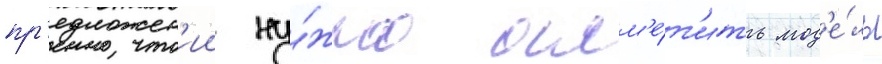
пр'едложен'ии ну́жно отм'е́т'ить мод'е́ль